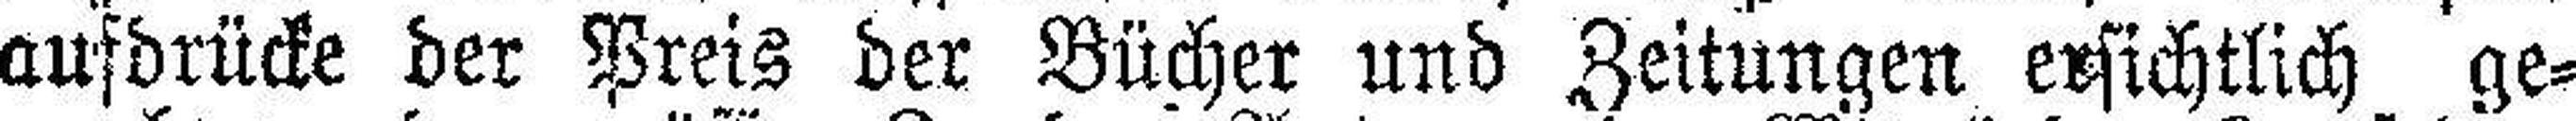
aufdrücke der Preis der Bücher und Zeitungen ersichtlich ge¬